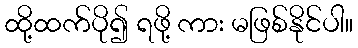
ထို့ထက်ပို၍ ရဖို့ ကား မဖြစ်နိုင်ပါ။